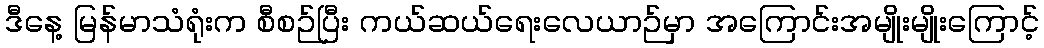
ဒီနေ့ မြန်မာသံရုံးက စီစဉ်ပြီး ကယ်ဆယ်ရေးလေယာဉ်မှာ အကြောင်းအမျိုးမျိုးကြောင့်